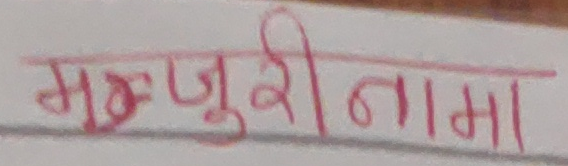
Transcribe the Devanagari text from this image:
मञ्जुरीनामा